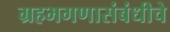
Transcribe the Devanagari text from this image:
ग्रहभगणासंबंधीचे